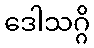
ဒေါသဂ္ဂိ